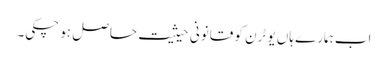
اب ہمارے ہاں یو ٹرن کو قانونی حیثیت حاصل ہو چکی۔